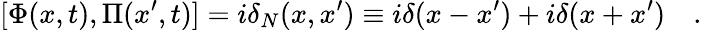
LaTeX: [\Phi(x,t),\Pi(x^{\prime},t)]=i\delta_{N}(x,x^{\prime})\equiv i\delta(x-x^{\prime})+i\delta(x+x^{\prime})\quad.